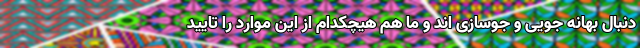
دنبال بهانه جویی و جوسازی اند و ما هم هیچکدام از این موارد را تایید